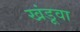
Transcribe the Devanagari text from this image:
खंडूवा